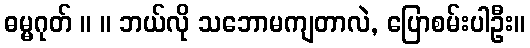
ဓမ္မဂုတ် ။ ။ ဘယ်လို သဘောမကျတာလဲ, ပြောစမ်းပါဦး။